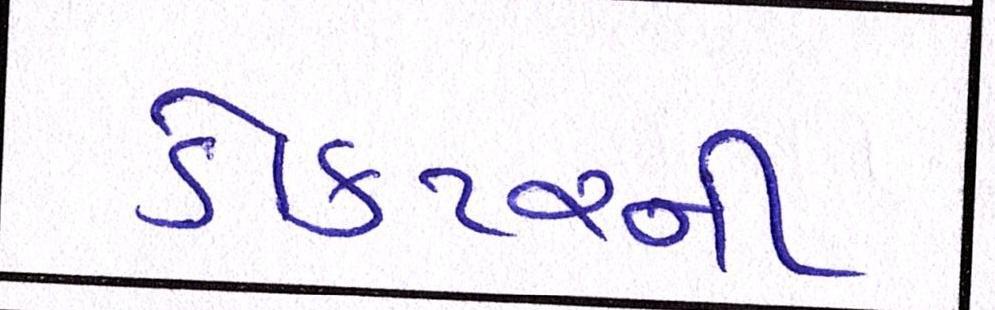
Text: ડોક્ટરની